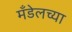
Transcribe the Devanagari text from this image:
मँडेलच्या